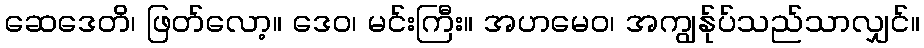
ဆေဒေတိ၊ ဖြတ်လော့။ ဒေဝ၊ မင်းကြီး။ အဟမေဝ၊ အကျွန်ုပ်သည်သာလျှင်။